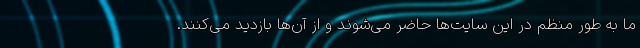
ما به طور منظم در این سایت‌ها حاضر می‌شوند و از آن‌ها بازدید می‌کنند.